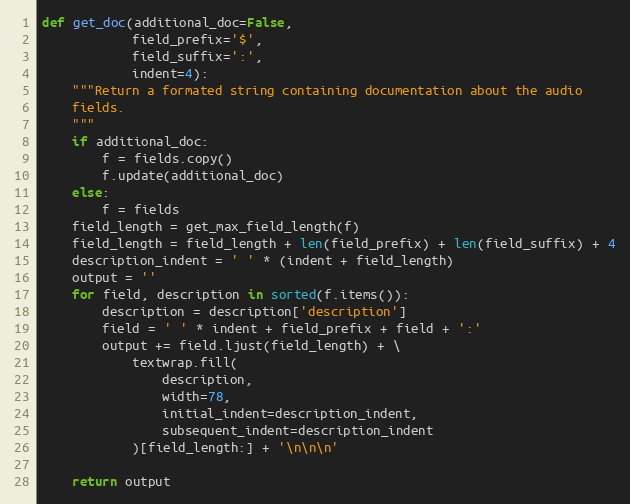
Language: Python
def get_doc(additional_doc=False,
            field_prefix='$',
            field_suffix=':',
            indent=4):
    """Return a formated string containing documentation about the audio
    fields.
    """
    if additional_doc:
        f = fields.copy()
        f.update(additional_doc)
    else:
        f = fields
    field_length = get_max_field_length(f)
    field_length = field_length + len(field_prefix) + len(field_suffix) + 4
    description_indent = ' ' * (indent + field_length)
    output = ''
    for field, description in sorted(f.items()):
        description = description['description']
        field = ' ' * indent + field_prefix + field + ':'
        output += field.ljust(field_length) + \
            textwrap.fill(
                description,
                width=78,
                initial_indent=description_indent,
                subsequent_indent=description_indent
            )[field_length:] + '\n\n\n'

    return output